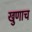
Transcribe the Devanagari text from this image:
खुणाच